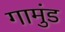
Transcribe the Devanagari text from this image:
गामुंड